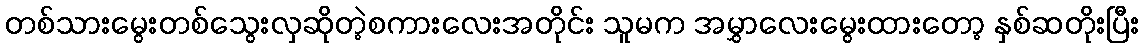
တစ်သားမွေးတစ်သွေးလှဆိုတဲ့စကားလေးအတိုင်း သူမက အမွှာလေးမွေးထားတော့ နှစ်ဆတိုးပြီး